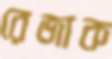
রেজাক